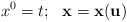
\begin{align*}x^0=t;~~ {\bf x} = {\bf x}({\bf u})\end{align*}